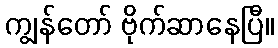
ကျွန်တော် ဗိုက်ဆာနေပြီ။